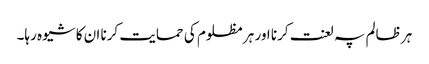
ہر ظالم پہ لعنت کرنا اور ہر مظلوم کی حمایت کرنا ان کا شیوہ رہا۔